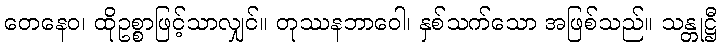
တေနေဝ၊ ထိုဥစ္စာဖြင့်သာလျှင်။ တုဿနဘာဝေါ၊ နှစ်သက်သော အဖြစ်သည်။ သန္တုဋ္ဌီ